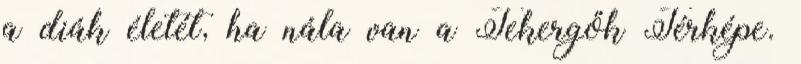
a diák életét, ha nála van a Tekergők Térképe.